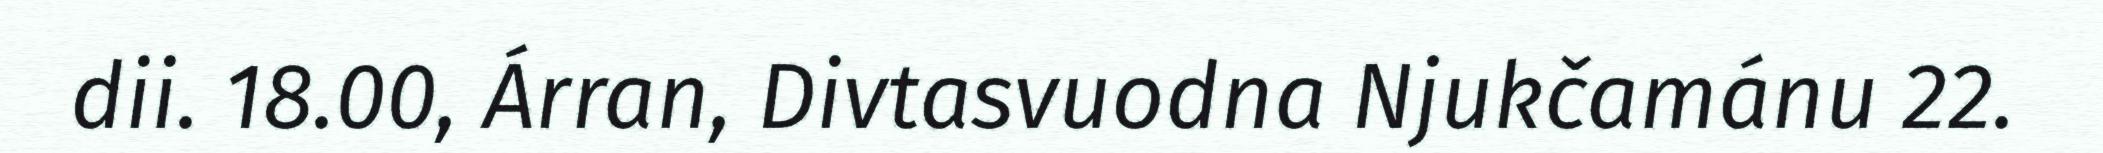
dii. 18.00, Árran, Divtasvuodna Njukčamánu 22.